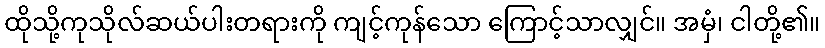
ထိုသို့ကုသိုလ်ဆယ်ပါးတရားကို ကျင့်ကုန်သော ကြောင့်သာလျှင်။ အမှံ၊ ငါတို့၏။